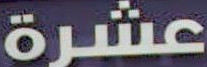
عشرة